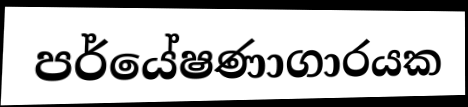
පර්යේෂණාගාරයක